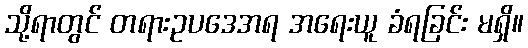
သို့ရာတွင် တရားဥပဒေအရ အရေးယူ ခံရခြင်း မရှိ။